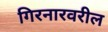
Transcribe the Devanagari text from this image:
गिरनारवरील